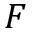
{ \cal F }